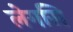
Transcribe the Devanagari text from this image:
लेगसि